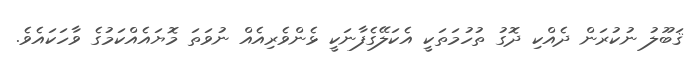
ޤަބޫލު ނުކުރަން ދެއްކި ދޮގު ތުހުމަތަކީ އެކަލޭގެފާނަކީ ޅެންވެރިއެއް ނުވަތަ މޮޔައެއްކަމުގެ ވާހަކައެވެ.